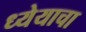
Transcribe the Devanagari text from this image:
ध्येयाचा